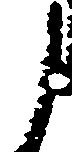
う